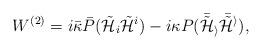
LaTeX: \begin{align*}W^{(2)} = i \bar{\kappa} \bar{P} ({\tilde{\cal H}}_{i} {\tilde{\cal H}}^{i}) - i \kappa P (\bar{{\tilde{\cal H}}}_{i} \bar{{\tilde{\cal H}}}^{i}) ,\end{align*}